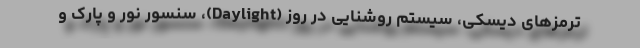
ترمزهای دیسکی، سیستم روشنایی در روز (Daylight)، سنسور نور و پارک و